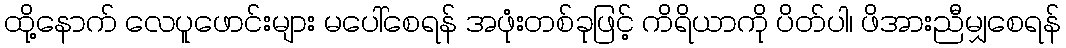
ထို့နောက် လေပူဖောင်းများ မပေါ်စေရန် အဖုံးတစ်ခုဖြင့် ကိရိယာကို ပိတ်ပါ၊ ဖိအားညီမျှစေရန်